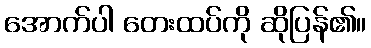
အောက်ပါ တေးထပ်ကို ဆိုပြန်၏။